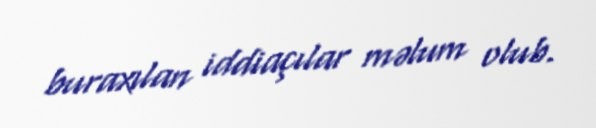
buraxılan iddiaçılar məlum olub.